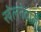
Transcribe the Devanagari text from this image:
खेलनेवाली